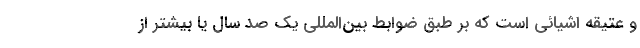
و عتیقه اشیائی است که بر طبق ضوابط بین‌المللی یک صد سال یا بیشتر از